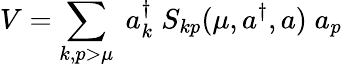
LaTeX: V=\sum_{k,p>\mu}\; a_{k}^{\dagger}\; S_{kp}(\mu,a^{\dagger},a)\; a_{p}